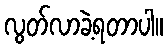
လွတ်လာခဲ့ရတာပါ။